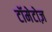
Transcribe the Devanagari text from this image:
टॉमेटोज़